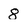
Character: 8